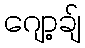
ဂျော့ချ်